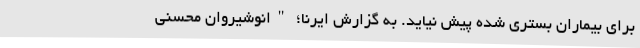
برای بیماران بستری شده پیش نیاید. به گزارش ایرنا؛ "انوشیروان محسنی